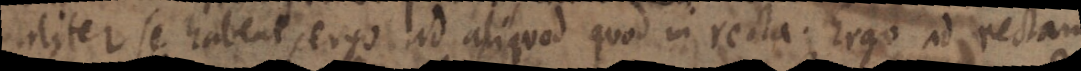
aliter se habent, ergo ad aliquod quod in recta. Ergo ad rectam